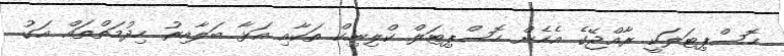
ހޮސްޕިޓަލަކީ ރާއްޖޭގެ އެހެން ހޮސްޕިޓަލް ކްލިނިކް ތަކާއި އަޅާ ބަލާއިރު ހިދުމަތްތައް އަގު